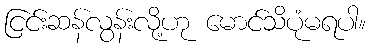
ငြင်းဆန်လွန်းလို့ဟု မောင်သိပုံမရပါ။